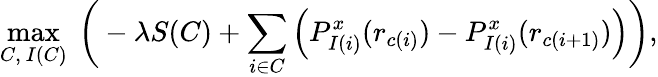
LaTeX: \operatorname*{max}_{C,\ I(C)}\ \bigg(-\lambda S(C)+\sum_{i\in C}\Big(P_{I(i)}^{x}(r_{c(i)})-P_{I(i)}^{x}(r_{c(i+1)})\Big)\bigg),